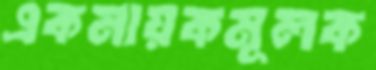
একনায়কমূলক